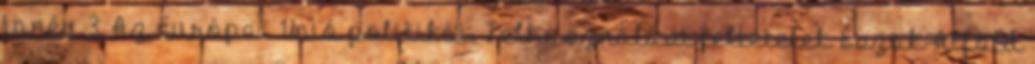
tanév 3. Az Európai Unió politikái. Felhasználási feltételek Észak-Alföld